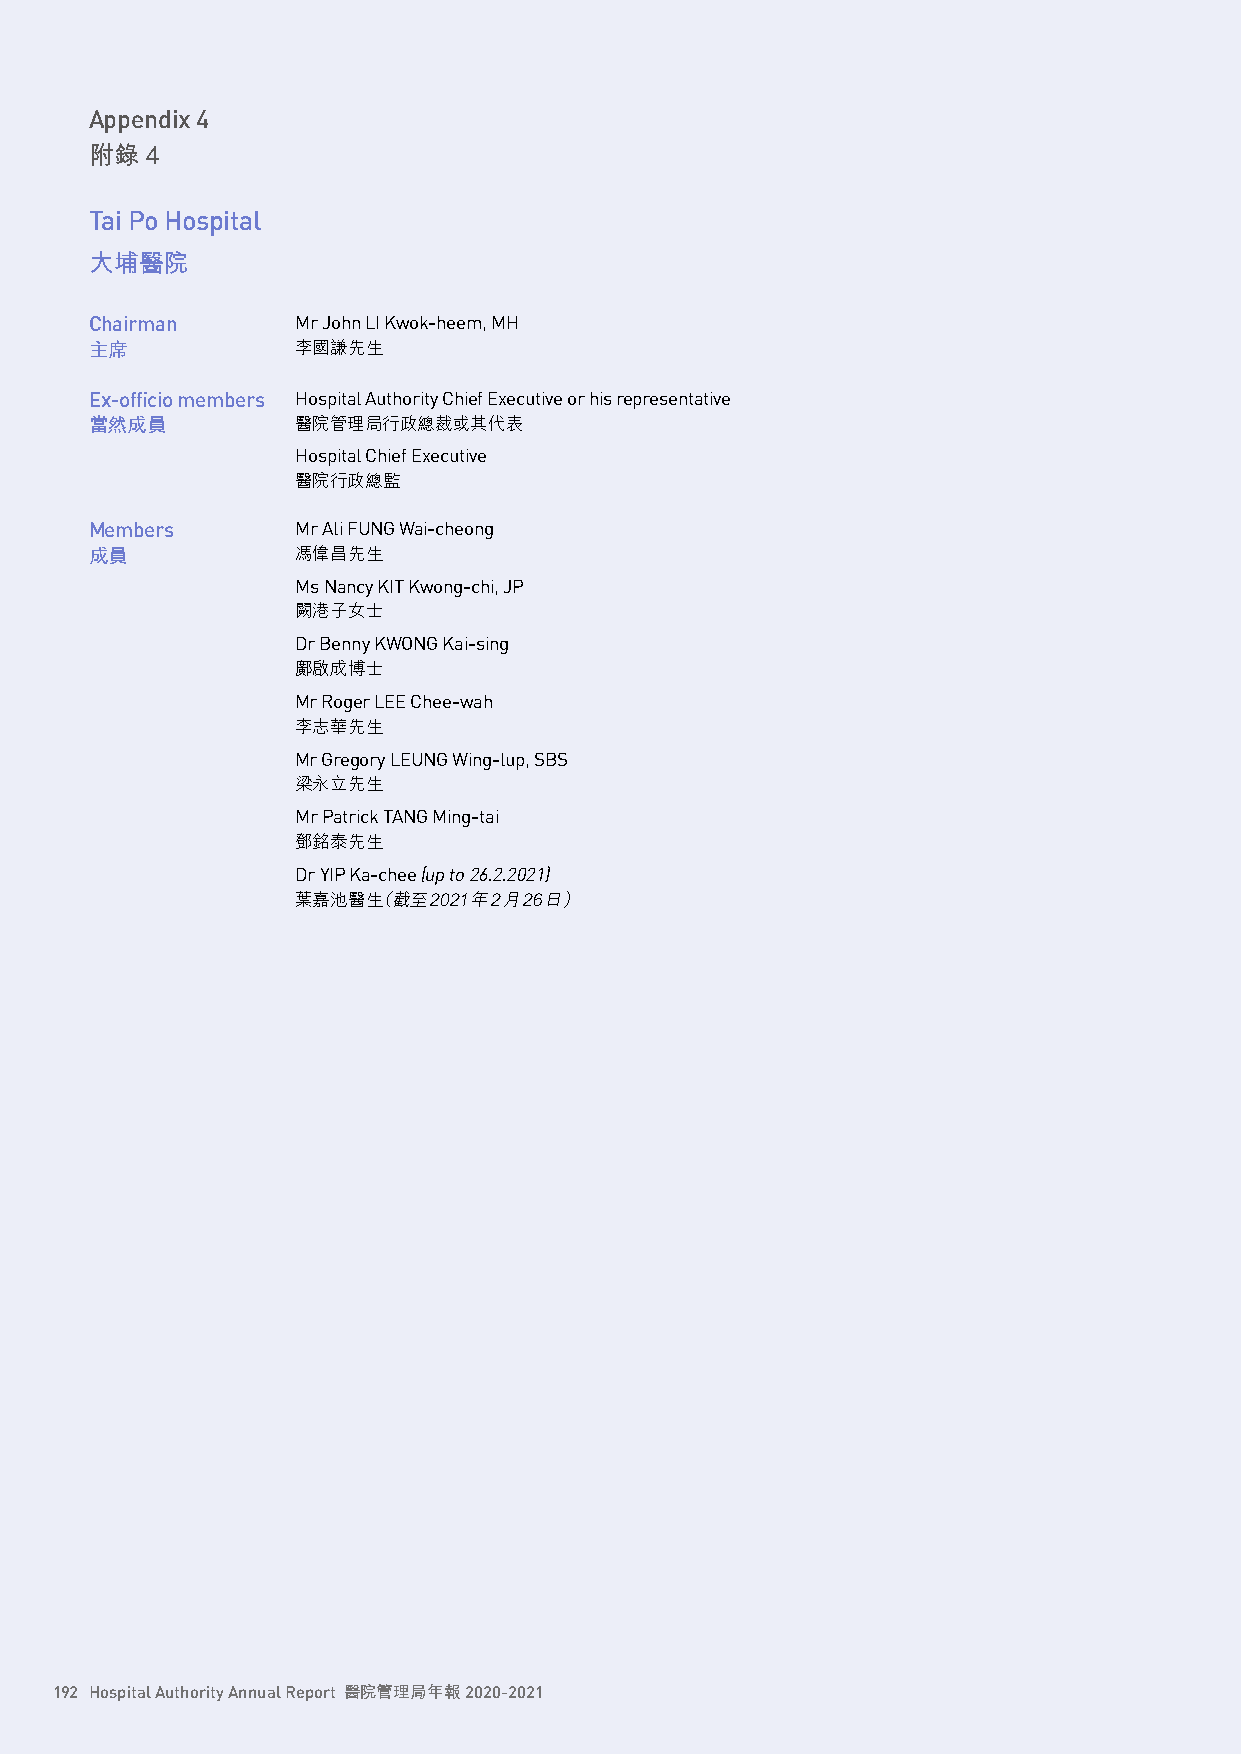
Appendix 4
 附錄  4
 Tai Po Hospital
 大埔醫院
 Chairman      Mr John LI Kwok-heem, MH
 主席            李國謙先生
 Ex-officio members Hospital Authority Chief Executive or his representative
 當然成員          醫院管理局行政總裁或其代表
 Hospital Chief Executive
 醫院行政總監
 Members       Mr Ali FUNG Wai-cheong
 成員            馮偉昌先生
 Ms Nancy KIT Kwong-chi, JP
 闕港子女士
 Dr Benny KWONG Kai-sing
 鄺啟成博士
 Mr Roger LEE Chee-wah
 李志華先生
 Mr Gregory LEUNG Wing-lup, SBS
 梁永立先生
 Mr Patrick TANG Ming-tai
 鄧銘泰先生
 Dr YIP Ka-chee (up to 26.2.2021)
 葉嘉池醫生（截至2021年2月26日）
 192 Hospital Authority Annual Report 醫院管理局年報 2020-2021